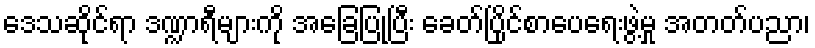
ဒေသဆိုင်ရာ ဒဏ္ဍာရီများကို အခြေပြုပြီး ခေတ်ပြိုင်စာပေရေးဖွဲ့မှု အတတ်ပညာ၊